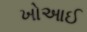
ખોઆઈ